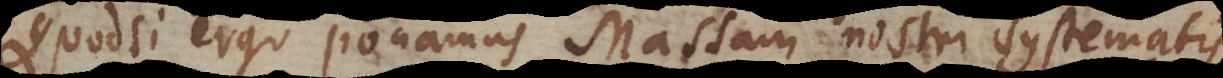
Quodsi ergo ponamus Massam nostri systematis